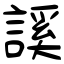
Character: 謑